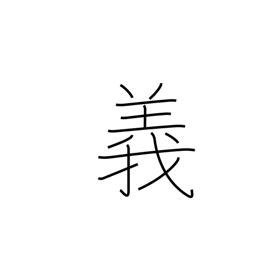
Meaning: morality